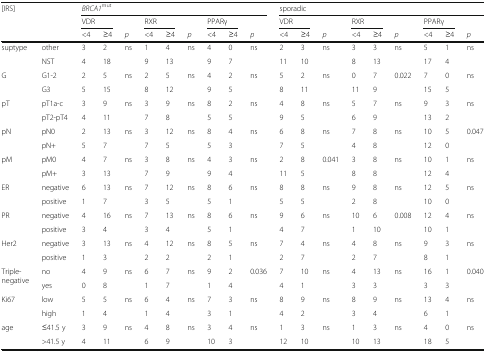
<table><thead><tr><td rowspan="3" colspan="2"><b>[IRS]</b></td><td colspan="9"><b><i>BRCA1</i><sup>mut</sup></b></td><td colspan="9"><b>sporadic</b></td></tr><tr><td colspan="2"><b>VDR</b></td><td></td><td colspan="2"><b>RXR</b></td><td></td><td colspan="2"><b>PPARγ</b></td><td></td><td colspan="2"><b>VDR</b></td><td></td><td colspan="2"><b>RXR</b></td><td></td><td colspan="2"><b>PPARγ</b></td><td></td></tr><tr><td><b>&lt;4</b></td><td><b>≥4</b></td><td><b><i>p</i></b></td><td><b>&lt;4</b></td><td><b>≥4</b></td><td><b><i>p</i></b></td><td><b>&lt;4</b></td><td><b>≥4</b></td><td><b><i>p</i></b></td><td><b>&lt;4</b></td><td><b>≥4</b></td><td><b><i>p</i></b></td><td><b>&lt;4</b></td><td><b>≥4</b></td><td><b><i>p</i></b></td><td><b>&lt;4</b></td><td><b>≥4</b></td><td><b><i>p</i></b></td></tr></thead><tbody><tr><td rowspan="2">suptype</td><td>other</td><td>3</td><td>2</td><td>ns</td><td>1</td><td>4</td><td>ns</td><td>4</td><td>0</td><td>ns</td><td>2</td><td>3</td><td>ns</td><td>3</td><td>3</td><td>ns</td><td>5</td><td>1</td><td>ns</td></tr><tr><td>NST</td><td>4</td><td>18</td><td></td><td>9</td><td>13</td><td></td><td>9</td><td>7</td><td></td><td>11</td><td>10</td><td></td><td>8</td><td>13</td><td></td><td>17</td><td>4</td><td></td></tr><tr><td rowspan="2">G</td><td>G1-2</td><td>2</td><td>5</td><td>ns</td><td>2</td><td>5</td><td>ns</td><td>4</td><td>2</td><td>ns</td><td>5</td><td>2</td><td>ns</td><td>0</td><td>7</td><td>0.022</td><td>7</td><td>0</td><td>ns</td></tr><tr><td>G3</td><td>5</td><td>15</td><td></td><td>8</td><td>12</td><td></td><td>9</td><td>5</td><td></td><td>8</td><td>11</td><td></td><td>11</td><td>9</td><td></td><td>15</td><td>5</td><td></td></tr><tr><td rowspan="2">pT</td><td>pT1a-c</td><td>3</td><td>9</td><td>ns</td><td>3</td><td>9</td><td>ns</td><td>8</td><td>2</td><td>ns</td><td>4</td><td>8</td><td>ns</td><td>5</td><td>7</td><td>ns</td><td>9</td><td>3</td><td>ns</td></tr><tr><td>pT2-pT4</td><td>4</td><td>11</td><td></td><td>7</td><td>8</td><td></td><td>5</td><td>5</td><td></td><td>9</td><td>5</td><td></td><td>6</td><td>9</td><td></td><td>13</td><td>2</td><td></td></tr><tr><td rowspan="2">pN</td><td>pN0</td><td>2</td><td>13</td><td>ns</td><td>3</td><td>12</td><td>ns</td><td>8</td><td>4</td><td>ns</td><td>6</td><td>8</td><td>ns</td><td>7</td><td>8</td><td>ns</td><td>10</td><td>5</td><td>0.047</td></tr><tr><td>pN+</td><td>5</td><td>7</td><td></td><td>7</td><td>5</td><td></td><td>5</td><td>3</td><td></td><td>7</td><td>5</td><td></td><td>4</td><td>8</td><td></td><td>12</td><td>0</td><td></td></tr><tr><td rowspan="2">pM</td><td>pM0</td><td>4</td><td>7</td><td>ns</td><td>3</td><td>8</td><td>ns</td><td>4</td><td>3</td><td>ns</td><td>2</td><td>8</td><td>0.041</td><td>3</td><td>8</td><td>ns</td><td>10</td><td>1</td><td>ns</td></tr><tr><td>pM+</td><td>3</td><td>13</td><td></td><td>7</td><td>9</td><td></td><td>9</td><td>4</td><td></td><td>11</td><td>5</td><td></td><td>8</td><td>8</td><td></td><td>12</td><td>4</td><td></td></tr><tr><td rowspan="2">ER</td><td>negative</td><td>6</td><td>13</td><td>ns</td><td>7</td><td>12</td><td>ns</td><td>8</td><td>6</td><td>ns</td><td>8</td><td>8</td><td>ns</td><td>9</td><td>8</td><td>ns</td><td>12</td><td>5</td><td>ns</td></tr><tr><td>positive</td><td>1</td><td>7</td><td></td><td>3</td><td>5</td><td></td><td>5</td><td>1</td><td></td><td>5</td><td>5</td><td></td><td>2</td><td>8</td><td></td><td>10</td><td>0</td><td></td></tr><tr><td rowspan="2">PR</td><td>negative</td><td>4</td><td>16</td><td>ns</td><td>7</td><td>13</td><td>ns</td><td>8</td><td>6</td><td>ns</td><td>9</td><td>6</td><td>ns</td><td>10</td><td>6</td><td>0.008</td><td>12</td><td>4</td><td>ns</td></tr><tr><td>positive</td><td>3</td><td>4</td><td></td><td>3</td><td>4</td><td></td><td>5</td><td>1</td><td></td><td>4</td><td>7</td><td></td><td>1</td><td>10</td><td></td><td>10</td><td>1</td><td></td></tr><tr><td rowspan="2">Her2</td><td>negative</td><td>3</td><td>13</td><td>ns</td><td>4</td><td>12</td><td>ns</td><td>8</td><td>5</td><td>ns</td><td>7</td><td>4</td><td>ns</td><td>4</td><td>8</td><td>ns</td><td>9</td><td>3</td><td>ns</td></tr><tr><td>positive</td><td>1</td><td>3</td><td></td><td>2</td><td>2</td><td></td><td>2</td><td>1</td><td></td><td>2</td><td>7</td><td></td><td>2</td><td>7</td><td></td><td>8</td><td>1</td><td></td></tr><tr><td rowspan="2">Triple-negative</td><td>no</td><td>4</td><td>9</td><td>ns</td><td>6</td><td>7</td><td>ns</td><td>9</td><td>2</td><td>0.036</td><td>7</td><td>10</td><td>ns</td><td>4</td><td>13</td><td>ns</td><td>16</td><td>1</td><td>0.040</td></tr><tr><td>yes</td><td>0</td><td>8</td><td></td><td>1</td><td>7</td><td></td><td>1</td><td>4</td><td></td><td>4</td><td>1</td><td></td><td>3</td><td>3</td><td></td><td>3</td><td>3</td><td></td></tr><tr><td rowspan="2">Ki67</td><td>low</td><td>5</td><td>5</td><td>ns</td><td>6</td><td>4</td><td>ns</td><td>7</td><td>3</td><td>ns</td><td>8</td><td>9</td><td>ns</td><td>8</td><td>9</td><td>ns</td><td>13</td><td>4</td><td>ns</td></tr><tr><td>high</td><td>1</td><td>4</td><td></td><td>1</td><td>4</td><td></td><td>3</td><td>1</td><td></td><td>4</td><td>2</td><td></td><td>3</td><td>4</td><td></td><td>6</td><td>1</td><td></td></tr><tr><td rowspan="2">age</td><td>≤41.5 y</td><td>3</td><td>9</td><td>ns</td><td>4</td><td>8</td><td>ns</td><td>3</td><td>4</td><td>ns</td><td>1</td><td>3</td><td>ns</td><td>1</td><td>3</td><td>ns</td><td>4</td><td>0</td><td>ns</td></tr><tr><td>&gt;41.5 y</td><td>4</td><td>11</td><td></td><td>6</td><td>9</td><td></td><td>10</td><td>3</td><td></td><td>12</td><td>10</td><td></td><td>10</td><td>13</td><td></td><td>18</td><td>5</td><td></td></tr></tbody></table>